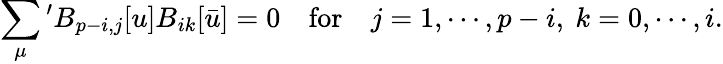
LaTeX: \sum_{\mu}{}^{\prime}B_{p-i,j}[u]B_{ik}[\bar{u}]=0\quad\mathrm{for}\quad j=1,\cdots,p-i,\ k=0,\cdots,i.